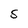
Character: S